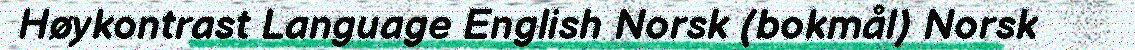
Høykontrast Language English Norsk (bokmål) Norsk